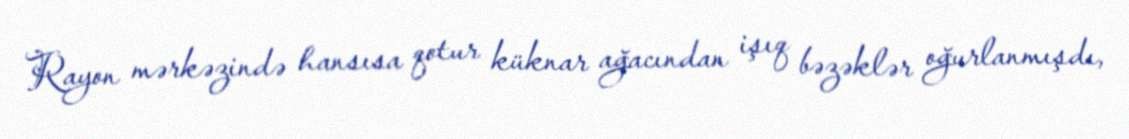
Rayon mərkəzində hansısa qotur küknar ağacından işıq bəzəklər oğurlanmışdı,